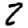
Digit: 2